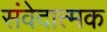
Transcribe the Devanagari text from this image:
संवेदात्मक